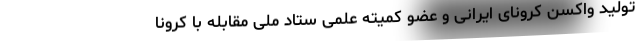
تولید واکسن کرونای ایرانی و عضو کمیته علمی ستاد ملی مقابله با کرونا